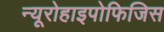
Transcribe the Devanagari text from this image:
न्यूरोहाइपोफिजिस